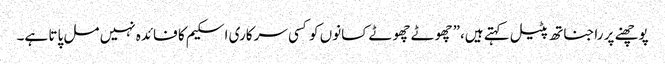
پوچھنے پر راجناتھ پٹیل کہتے ہیں،”چھوٹے چھوٹے کسانوں کو کسی سرکاری اسکیم کا فائدہ نہیں مل پاتا ہے۔